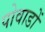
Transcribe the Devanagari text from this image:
पोवाडों